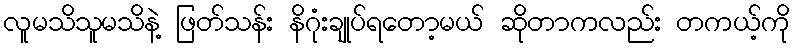
လူမသိသူမသိနဲ့ ဖြတ်သန်း နိဂုံးချုပ်ရတော့မယ် ဆိုတာကလည်း တကယ့်ကို